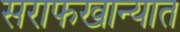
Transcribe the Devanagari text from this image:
सराफखान्यात